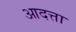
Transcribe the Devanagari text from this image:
आदत्ता